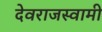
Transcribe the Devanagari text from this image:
देवराजस्वामी